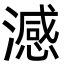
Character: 澸